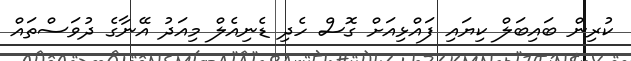
ކުރިން ބައިބަލް ކިޔައި ފައްޅިިއަށް ގޮސް ހެދި ޑެނިއެލް މިއަދު އޭނާގެ ދުވަސްތައް